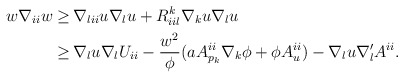
\begin{align*}\begin{aligned}w \nabla_{ii} w \geq \,& \nabla_{lii} u \nabla_l u + R^{k}_{iil} \nabla_{k} u \nabla_{l} u \\ \geq \,& \nabla_{l} u \nabla_l U_{ii} - \frac{w^2}{\phi} (a A^{ii}_{p_{k}} \nabla_{k} \phi + \phi A^{ii}_{u}) - \nabla_l u \nabla'_l A^{ii} .\end{aligned}\end{align*}